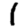
Digit: 1